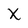
Character: X